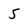
Character: 5